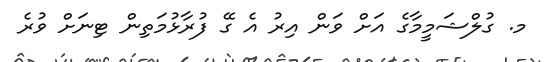
މ. ގުލްޝަމީމާގެ އަށް ވަން އިރު އެ ގޭ ފުރާޅުމަތިން ޓިނަށް ވުރެ